Vaccination in Burma 1912-1922 - 1912-1922
Year: 1912
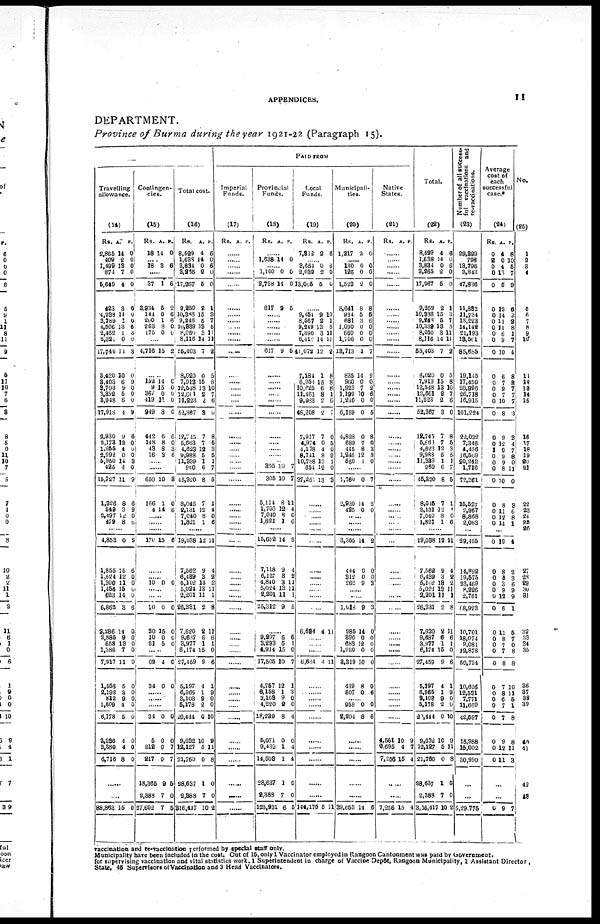
APPENDICES.
11
DEPARTMENT.
Province of Burma during the year 1921-22 (Paragraph 15).
Travelling
allowance.
(14)
Rs.
2,865
409
1,499
874
5,649
423
4,238
3,789
4,506
2,462
2,321
17,740
3,420
3,403
3,793
3,352
3,948
17,918
2,980
2,173
1,255
2,992
5,950
425
15,727
1,326
540
2,497
479
A.
14
2
13
7
4
3
11
1
13
1
0
11
10
6
9
5
6
4
9
12
4
0
14
4
11
8
3
12
8
P.
0
0
0
0
0
6
0
0
6
3
0
3
0
9
0
0
0
9
6
0
0
0
3
0
9
6
9
0
6
......
4,853
1,855
1,624
1,300
1,456
623
6,863
2,286
2,885
658
1,386
7,217
1,558
2,198
812
1,609
6,178
3,336
3,380
6,716
0
15
12
11
15
14
3
14
9
13
7
11
5
3
9
4
5
4
4
8
9
6
0 0
0
0
6
0
0 0
0
0
0
0
0
0
0
0
0
0
......
......
88,863 15 0
Contingen-
cies.
(15)
Rs.
18
A.
14
P.
0
......
18 3 6
......
37
3,934
144
200
263
175
1
5
0
1
8
0
6
0
6
6
0
0
......
4,716 15 2
......
152
9
367
419
949
442
148
43
16
14
15
0
11
8
6
8
8
3
0
0
0
0
0
6
0
3
6
......
......
650
166
4
10
1
14
3
0
6
......
......
......
170 15 6
......
......
10 0 0
......
......
10
30
10
21
0
15
0
5
0
0
0
0
......
62
34
4
0
0
0
......
......
34
5
212
217
18,365
2,388
27,602
0
0
0
0
9
7
7
0
0
7
7
5
0
5
Total cost.
(16)
Rs.
8,529
1,638
3,834
3,265
17,267
9,259
10,388
9,248
10,339
8,050
8,116
55,403
8,020
7,913
12,548
12,001
11,223
52,367
12,745
5,663
4,623
9,988
11,339
260
45,320
8,045
2,131
7,040
1,821
A.
4
14
0
2
5
2
15
5
13
3
14
7
0
15
13
2
2
3
7
7
12
5
1
6
8
7
12
8
1
P.
6
0
6
0
0
1
3
7
6
11
11
2
5
8
10
7
6
0
8
5
3
5
1
7
5
1
4
0
6
......
19,038
7,562
6,439
5,102
5,024
2,201
26,331
7,620
9,687
3,977
6,174
27,459
5,197
6,965
3,103
5,178
20,444
9,632
12,127
21,760
28,637
2,388
316,417
12
9
3
13
13
11
2
2
6
1
15
9
4
1
9
2
0
10
5
0
1
7
10
11
4
2
2
11
1
8
11
6
1
0
6
1
9
0
0
10
9
11
8
0
0
2
PAID FROM
Imperial
Funds.
(17)
Rs. A. P.
......
......
......
......
......
......
......
......
......
......
......
......
......
......
......
......
......
......
......
......
......
......
......
......
......
......
......
......
......
......
......
......
......
......
......
......
......
......
......
......
......
......
......
......
......
......
......
......
......
......
......
......
......
Provincial
Funds.
(18)
Rs. A. P.
......
1,638 14 0
......
1,100
2,738
617
0
14
9
0
0
5
......
......
......
......
......
617 9 5
......
......
......
......
......
......
......
......
......
......
......
305
305
5,114
1,706
7,040
1,821
10
10
8
12
8
1
7
7
11
4
0
6
......
15,682
7,113
6,127
4,840
5,024
2,201
25,312
14
9
3
3
13
11
9
9
4
2
11
11
1
5
......
9,297
3,293
4,914
17,505
4,757
6,158
3,103
4,220
18,239
5,071
9,432
14,508
28,637
2,388
125,931
6
5
15
10
12
1
9
2
8
0
1
1
1
7
6
6
1
0
7
1
3
0
0
4
0
4
4
0
0
5
Local
Funds.
(19)
Rs.
7,312
A.
2
P.
6
......
3,654
2,039
13,005
0
2
5
6
0
0
......
9,454
8,567
9,249
7,390
6,410
41,072
7,184
6,953
10,625
11,461
9,983
46,208
7,917
4,974
4,178
8,741
10,788
654
37,251
9
2
13
3
14
12
1
15
6
8
2
2
7
0
4
8
13
12
13
10
1
5
11
11
2
8
8
8
1
6
7
0
5
0
9
1
0
3
......
......
......
......
......
......
......
......
......
......
......
......
6,634 4 11
......
......
......
6,634 4 11
......
......
......
......
......
......
......
......
......
......
144,175 5 11
Municipali-
ties.
(20)
Rs.
1,217
A.
2
P.
0
......
180
126
1,523
8,641
934
681
1,090
660
1,706
13,713
835
900
1,923
1,199
1,210
6,159
4,828
689
445
1,246
550
0
0
2
8
5
3 0
0
0
1
14
0
7
10
0
0
0
7
8
12
1
0
0
0
8
5
6
0
0
0
7
9
0
2
6
0
5
8
0
3
8
0
......
7,760
2,930
425
0
14
0
7
2
0
......
......
......
3,355
444
312
262
14
0
0
9
2
0
0
3
......
......
1,018
985
390
683
1,260
3,319
439
807
9
14
0
12
0
10
8
0
3
0
0
0
0
0
0
6
......
958
2,204
0
8
0
6
......
......
......
......
......
39,053 14 6
Native
States.
(21)
Rs. A. P.
......
......
......
......
......
......
......
......
......
......
......
......
......
......
......
......
......
......
......
......
......
......
......
......
......
......
......
......
......
......
......
......
......
......
......
......
......
......
......
......
......
......
......
......
......
......
......
4,561
2,695
7,266
10
4
15
9
7
4
......
......
7,256 15 4
Total.
(22)
Rs.
8,529
1,638
3,834
3,265
17,267
9,259
10,338
9,248
10,330
8,050
8,116
55,403
8,020
7,913
12,548
12,661
11,223
52,367
12,745
5,663
4,623
9,988
11,339
960
45,320
8,045
2,131
7,040
1,821
A.
4
14
0
2
5
2
15
5
13
3
14
7
0
15
13
2
2
3
7
7
12
5
1
6
8
7
12
8
1
P.
6
0
6
0
0
1
3
7
5
11
11
2
5
8
10
7
6
0
8
5
3
5
1
7
5
1
4
0
6
......
19,038
7,562
6,439
5,102
5,024
2,201
26,331
7,620
9,687
3,977
6,174
27,459
5,197
6,965
3,102
5,178
22,444
9,632
12,127
21,760
28,637
2,388
3,16,417
12
9
3
13
18
11
2
2
6
1
15
9
4
1
9
2
0
10
5
0
1
7
10
11
4
2
2
11
1
8
11
6
1
0
6
1
0
0
0
10
9
11
8
0
0
2
Number of all success¬
ful vaccinations and
re-vaccinations.
(23)
29,399
798
13,796
3,843
47,836
11,832
11,734
13,223
14,142
21,193
13,561
85,685
19,145
17,450
20,996
26,718
16,915
101,224
22,032
7,346
4,456
16,569
20,242
1,716
72,361
15,527
2,967
8,868
2,063
......
29,425
14,892
19,575
23,469
8,226
2,761
68,923
10,701
18,074
9,081
12,878
50,734
10,626
12,531
7,771
11,669
42,597
15,988
15,002
30,990
...
...
5,29,775
Average
cost of
each
successful
case.*
(24)
Rs.
0
2
0
0
0
0
0
0
0
0
0
0
0
0
0
0
0
0
0
0
1
0
0
0
0
0
0
0
0
A.
4
0
4
13
5
12
14
11
11
6
9
10
6
7
9
7
10
8
9
12
0
9
9
8
10
8
11
12 14
P.
8
10
5
7
9
6
3
2
8
1
7
4
8
8
7
7
7
3
3
4
7
8
0
11
0
3
6
8
1
......
0
0
0
0
0
0
0
0
0
0
0
0
0
0
0
0
0
0
0
0
10
8
5
3
9
12
6
11
8
7 7
8
7
8
6
7
7
9
12
11
4
2
3
6
9
9
1
5
7
0
8
8
10
11
5
1
8
8
11
3
...
...
0 9 7
No.
(25)
1
2
3
4
5
6 7
8
9
10
11
12
13
14
15
16
17
18
19
20
21
22
23
24
25
26
27
28
29
30
31
32
33
34
35
36
37
38
39
40
41
42
43
vaccination and re-vaccination performed by special staff only.
Municipality have been included in the cost. Out of 15, only 1 Vaccinator employed in Rangoon Cantonment was paid by Government.
for supervising vaccination and vital statistics work. 1 Superintendent in charge of Vaccine Depôt, Rangoon Municipality, 1 Assistant Director,
State, 46 Supervisors of Vaccination and 3 Head Vaccinators.